Vaccination in Bombay 1889-1901 - 1889-1901
Year: 1889
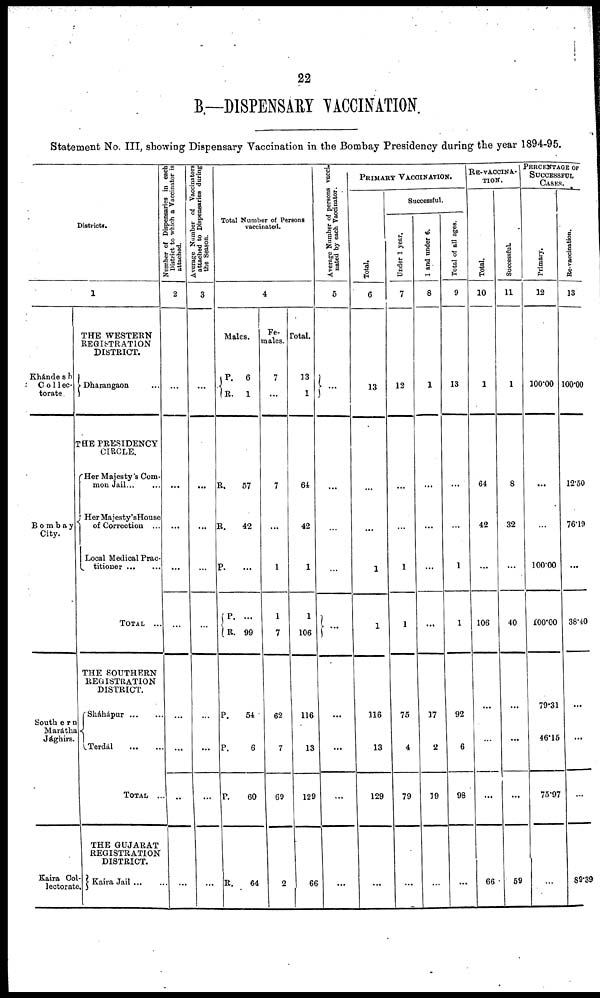
22
B—DISPENSARY VACCINATION.
Statement No. III, showing Dispensary Vaccination in the Bombay Presidency during the year 1894-95.
Districts.
1
Khándesh
Collec¬
torate.
Bombay
City.
Southern
Marátha
Jághirs.
Kaira Col¬
lectorate.
THE WESTERN
REGISTRATION
DISTRICT.
Dharangaon ...
THE PRESIDENCY
CIRCLE.
Her Majesty's Com-
mon Jail...
...
Her Majesty's House
of Correction ...
Local Medical Prac¬
titioner...
...
TOTAL ...
THE SOUTHERN
REGISTRATION
DISTRICT.
Sháhápur
...
...
Terdál
...
...
TOTAL ...
THE GUJARAT
REGISTRATION
DISTRICT.
Kaira Jail...
...
Number of Dispensaries in each
District to which a Vaccinator is
attached.
2
...
...
...
...
...
...
...
...
...
Average Number of Vaccinators
attached to Dispensaries during
the Season.
3
...
...
...
...
...
...
...
...
...
Total Number of Persons
vaccinated.
4
Males.
P.
R.
6
1
R.
R.
P.
P.
R.
57
42
...
...
99
P.
P.
P.
54
6
60
R.
64
Fe-
males.
7
...
7
...
1
1
7
62
7
69
2
Total.
13
1
64
42
1
1
106
116
13
129
66
Average Number of persons vacci-
nated by each Vaccinator.
5
...
...
...
...
...
...
...
...
...
PRIMARY VACCINATION.
Total.
6
13
...
...
1
1
116
13
129
...
Successful.
Under 1 year.
7
12
...
...
1
1
75
4
79
...
1 and under 6.
8
1
...
...
...
...
37
2
39
...
Total of all ages.
9
13
...
...
1
1
92
6
98
...
RE-VACCINA-
TION.
Total.
10
1
64
42
...
106
...
...
...
66
Successful.
11
1
8
32
...
40
...
...
...
59
PERCENTAGE OF
SUCCESSFUL
CASES.
Primary.
12
100.00
...
...
100.00
100.00
79.31
46.15
75.97
...
Re-vaccination.
13
100.00
12.50
76.19
...
38.40
...
...
...
89.39